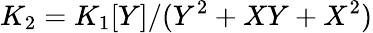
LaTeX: K_{2}=K_{1}[Y]/(Y^{2}+XY+X^{2})